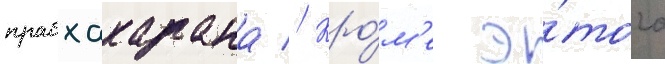
прабхакарана // Кро́м'е э́того